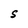
Character: S